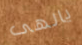
يالهى